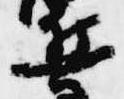
兵